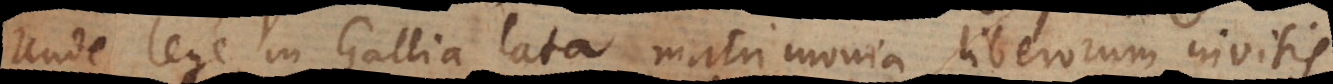
Unde lege in Gallia lata matrimonia liberorum invitis